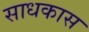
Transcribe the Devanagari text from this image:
साधकास